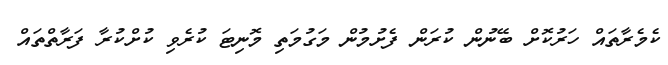
ކެމެރާތައް ހަރުކޮށް ބޭނުން ކުރަން ފެށުމުން މަގުމަތި މޮނިޓަ ކުރެވި ކުށްކުރާ ފަރާތްތައް